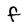
Character: f